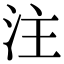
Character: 注